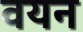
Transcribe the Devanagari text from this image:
वयन